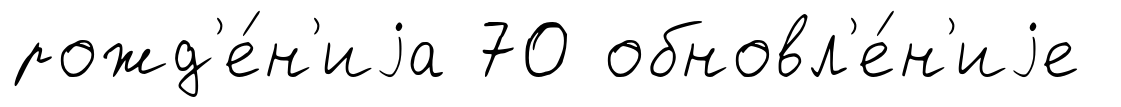
рожд'е́н'иjа 70 обновл'е́н'иjе